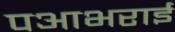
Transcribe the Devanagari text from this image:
पआभराई